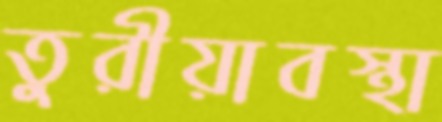
তুরীয়াবস্থা